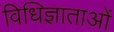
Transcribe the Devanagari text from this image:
विधिज्ञाताओं